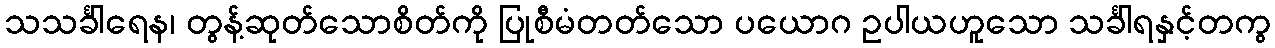
သသင်္ခါရေန၊ တွန့်ဆုတ်သောစိတ်ကို ပြုစီမံတတ်သော ပယောဂ ဥပါယဟူသော သင်္ခါရနှင့်တကွ